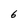
Character: 6